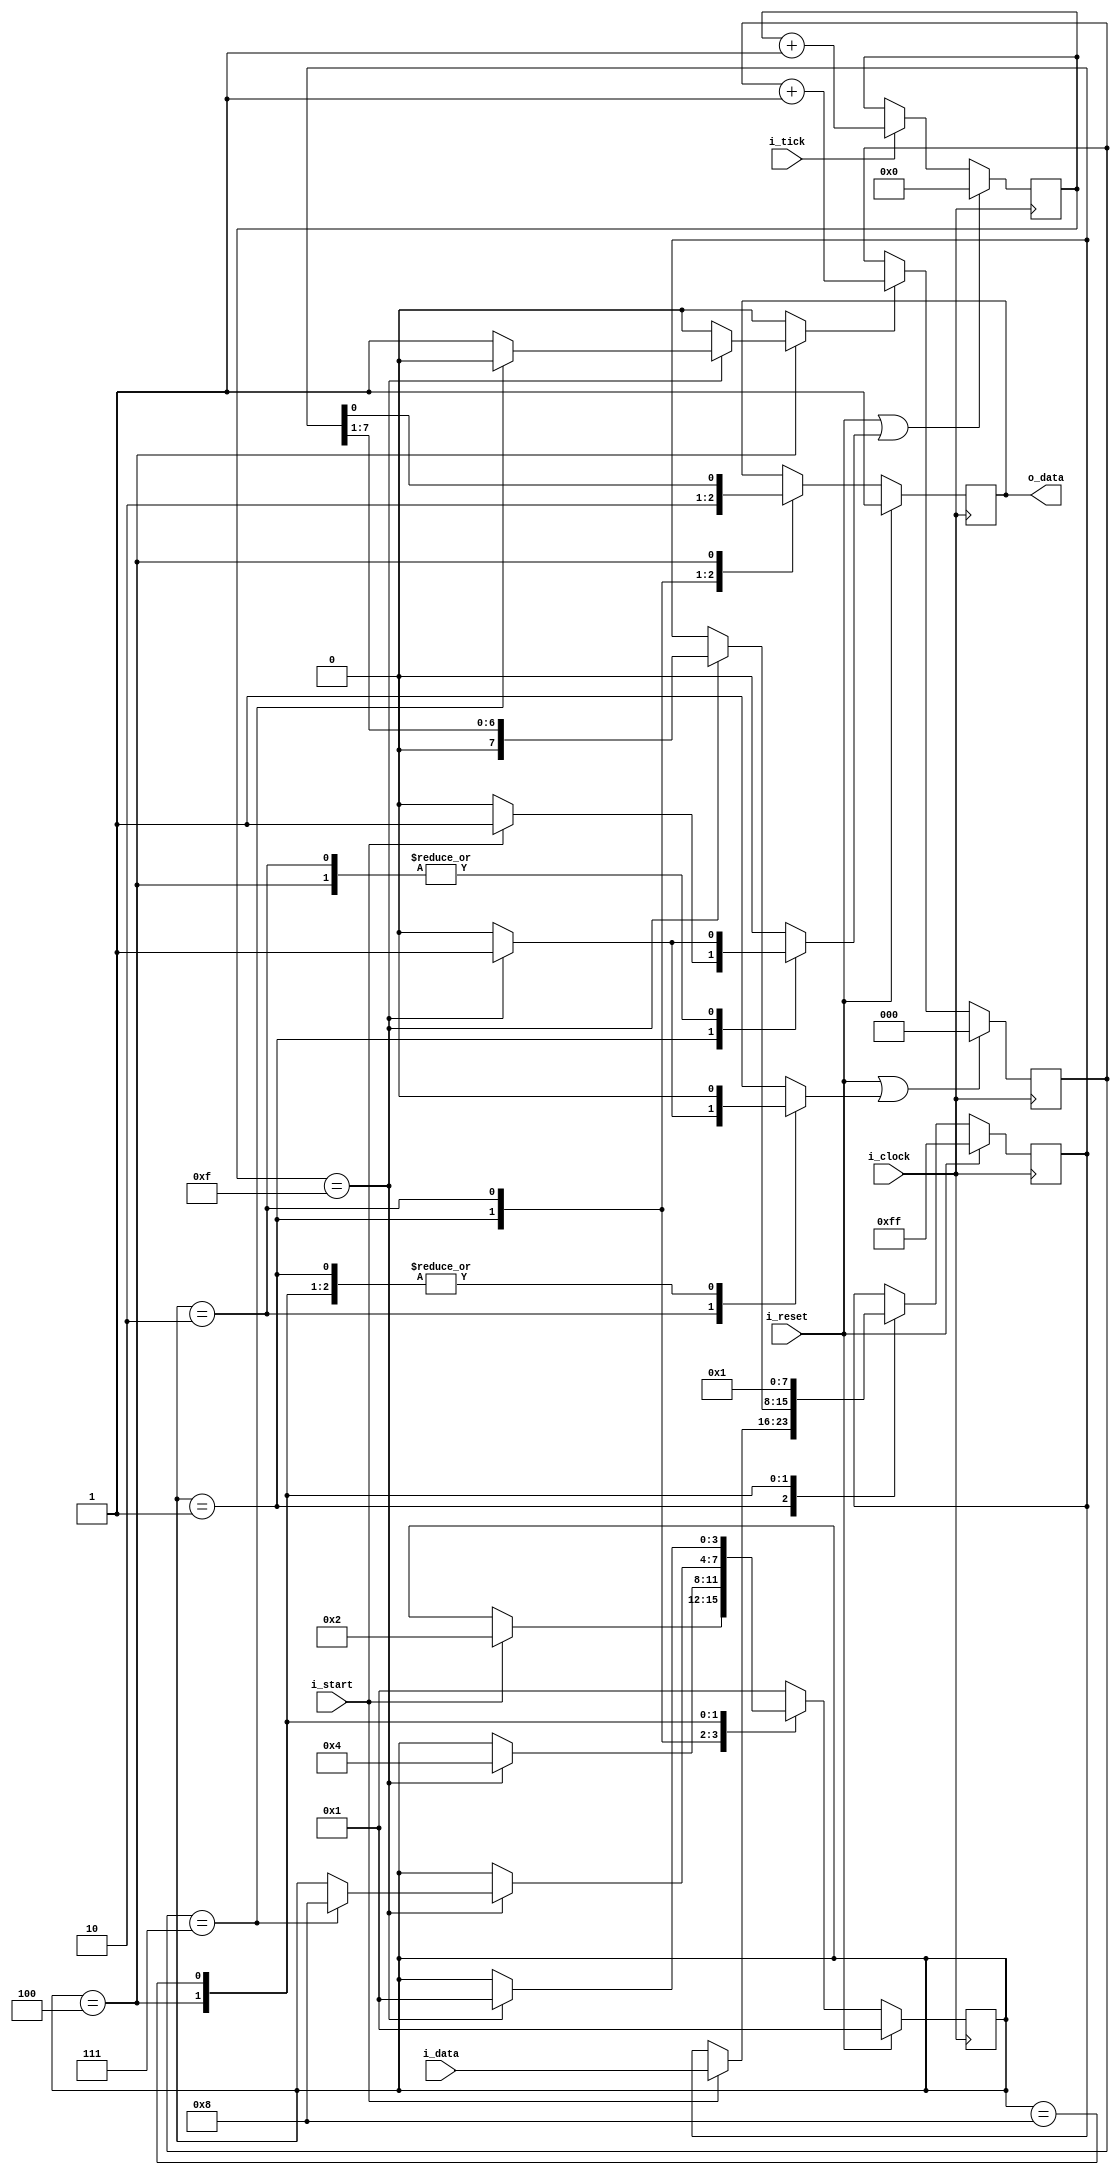
`timescale 1ns/100ps

module uart_tx
#(
    parameter                               NB_DATA             = 8,
    parameter                               NB_STOP             = 1,
    parameter                               BAUD_RATE           = 9600,
    parameter                               SYS_CLOCK           = 100000000,
    parameter                               TICK_RATE           = SYS_CLOCK / (BAUD_RATE*16),
    parameter                               NB_TICK_COUNTER     = $clog2(TICK_RATE),
    parameter                               NB_DATA_COUNTER     = $clog2(NB_DATA)  
)
(
    input wire                              i_clock,
    input wire                              i_reset,
    input wire                              i_tick,
    input wire      [NB_DATA-1 : 0]         i_data,
    input wire                              i_start,
    output wire                             o_data
);

    localparam                              N_STATES            = 4;
    localparam                              N_TICKS             = 16;
    localparam                              N_STOP_TICKS        = NB_STOP*N_TICKS;
    localparam                              NB_MIDDLE_START_BIT = 7;
    localparam                              NB_MIDDLE_DATA_BIT  = 15;
    //states
    localparam      [N_STATES-1 : 0]        IDLE                = 4'b0001;
    localparam      [N_STATES-1 : 0]        START               = 4'b0010;
    localparam      [N_STATES-1 : 0]        SEND                = 4'b0100;
    localparam      [N_STATES-1 : 0]        STOP                = 4'b1000;

    reg             [N_STATES-1 : 0]        state;
    reg             [N_STATES-1 : 0]        state_next;
    reg             [NB_TICK_COUNTER-1 : 0] tick_counter;
    reg                                     reset_tick_counter;
    
    reg             [NB_DATA-1 : 0]         data;
    reg             [NB_DATA-1 : 0]         data_next;
    reg             [NB_DATA_COUNTER-1 : 0] data_bit_counter;
    reg                                     reset_data_counter;
    reg                                     inc_data_counter;

    reg                                     tx;
    reg                                     tx_next;

    assign                                  o_data  = tx;

    always @(posedge i_clock)
    begin
        
        if(i_reset)
        begin
            state                   <=  IDLE;
            data                    <=  {NB_DATA{1'b1}};
            tx                      <=  1'b1;
        end
        else
        begin
            state                   <=  state_next;
            data                    <=  data_next;
            tx                      <=  tx_next;
        end
    end

    always @ (posedge i_clock)
    begin
        if(i_reset || reset_tick_counter)
            tick_counter            <=  {NB_TICK_COUNTER{1'b0}};
        else if(i_tick)
            tick_counter            <=  tick_counter + 1;
    end

    always @ (posedge i_clock)
    begin
        if(i_reset || reset_data_counter)
            data_bit_counter        <= {NB_DATA_COUNTER{1'b0}};
        else if(inc_data_counter)
            data_bit_counter        <= data_bit_counter + 1;      
    end

    always @(*)
    begin
            state_next                              = state;
            reset_tick_counter                      = 1'b0;
            data_next                               = data;
            reset_data_counter                      = 1'b0;
            inc_data_counter                        = 1'b0;  
            tx_next                                 = tx;

        case (state)

            IDLE:
            begin
                tx_next                             = 1'b1;            //linea idle en 1
                if(i_start)
                begin
                    state_next                      = START;
                    reset_tick_counter              = 1'b1;
                    data_next                       = i_data;
                end
            end

            START:
            begin 
                tx_next                             = 1'b0;                 
                if(tick_counter == N_TICKS-1)
                begin
                    reset_data_counter              = 1'b1;
                    state_next                      = SEND;
                    reset_tick_counter              = 1'b1;
                end
            end

            SEND:
            begin
                tx_next                             = data[0];
                if(tick_counter ==  N_TICKS-1)
                begin
                    data_next                       = data >> 1;
                    reset_tick_counter              = 1'b1;

                    if(data_bit_counter == NB_DATA-1)
                    begin
                        state_next                  = STOP;
                        reset_data_counter          = 1'b0;
                    end
                    else
                        inc_data_counter            = 1'b1;
                end
            end

            STOP:
            begin
                data_next                           = 1'b1;
                if(tick_counter == N_STOP_TICKS-1)
                begin
                    state_next                      = IDLE;
                end
            end

            default:
            begin
                state_next                          = IDLE;
                reset_data_counter                  = 1'b1;   
            end
        endcase
    end

endmodule